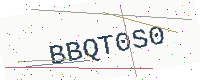
Text: BBQT0S0